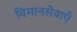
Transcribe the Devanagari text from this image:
विमानसेवाएँ